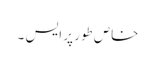
خاص طور پر ایس ۔